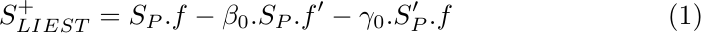
\begin{align}
    S_{LIEST}^+ =  S_P.f -\beta_0.S_P.f' - \gamma_0.S_P'.f
\end{align}